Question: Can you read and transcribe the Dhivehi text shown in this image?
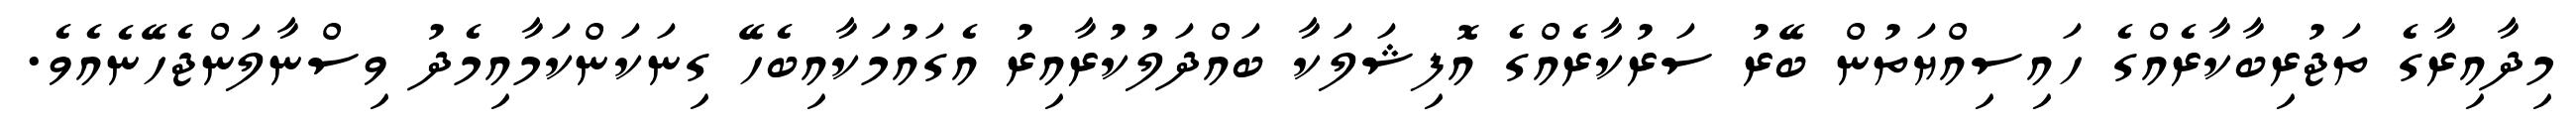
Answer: މިދާއިރާގެ ތަޖުރިބާކާރެއްގެ ހައިސިއްޔަތުން ބޭރު ސަރުކާރެއްގެ އޮފިޝަލަކާ ބައްދަލުކުރާއިރު އެގައުމަކާއިބެހޭ ގިނަކަންކަމާއިމެދު ވިސްނާލަންޖެހޭނެއެވެ.